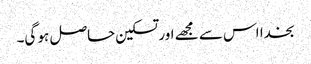
بخدا اس سے مجھے اور تسکین حاصل ہو گی۔